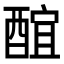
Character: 䣾